Annual report on the working of the mental hospitals in the Madras Presidency - 1912-1932
Year: 1912
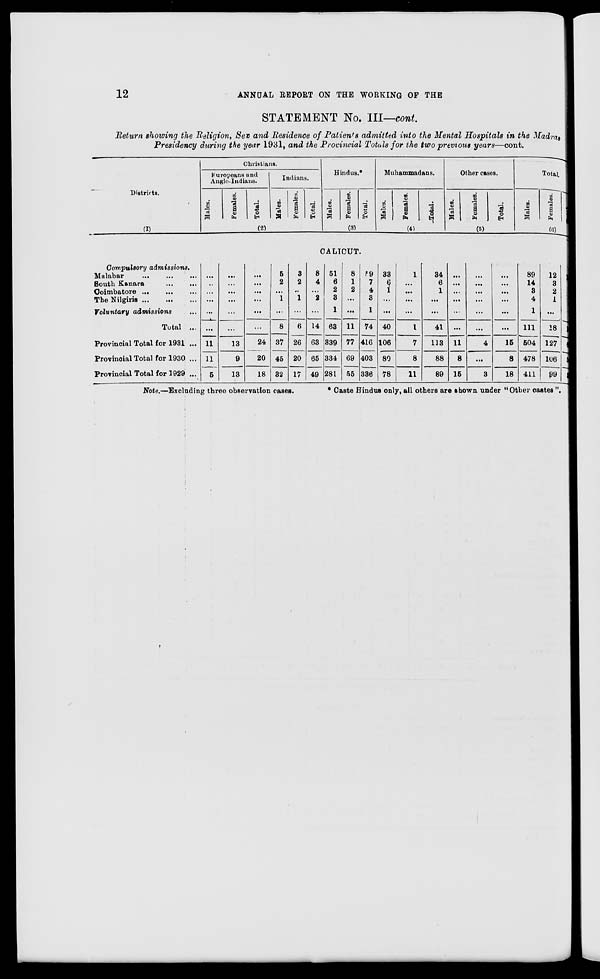
12
ANNUAL
REPORT
ON THE WORKING OF THE
STATEMENT No. III—cont.
Return showing the Religion, Sex and Residence of Patients admitted into the Mental Hospitals in the Madras
Presidency during the year 1931, and the Provincial Totals for the two previous
years—cont.
Districts.
(1)
Christians.
Europeans
and
Anglo-Indians.
Males.
Females.
Total.
Indians.
Males.
Females.
Total.
(2)
Hindus.*
Males.
Females.
Total.
(3)
Muhammadans.
Males.
Females.
Total.
(4)
Other cases.
Males.
Females.
Total.
(5)
Total.
Males.
Females.
Total.
(6)
CALICUT.
Compulsory admissions.
Malabar
... ... ...
South Kanara ... ... ...
Coimbatore
...
...
...
The Nilgiris
...
...
...
Voluntary admissions ...
Total ...
Provincial Total for 1931 ...
Provincial Total for 1930 ...
Provincial Total for 1929 ...
...
...
...
...
...
...
11
11
5
. ..
...
. ..
. . .
...
...
13
9
13
...
...
. ..
...
...
...
24
20
18
5
2
...
1
...
8
37
45
32
3
2
..
1
...
6
26
20
17
8
4
...
2
...
14
63
65
49
51
6
2
3
1
63
339
334
281
8
1
2
...
...
11
77
69
55
59
7
4
3
1
74
416
403
336
33
6
1
...
...
40
106
80
78
1
...
...
...
...
1
7
8
11
34
6
1
. ..
. . .
41
113
88
89
...
...
...
. ..
...
...
11
8
15
...
...
...
...
...
...
4
...
3
...
...
...
...
...
...
15
8
18
89
14
3
4
1
111
504
478
411
12
3
2
1
...
18
127
106
99
101
17
5
5
1
129
531
484
510
Note.—Excluding three observation cases.
* Caste Hindus only, all others are shown under "Other castes ".